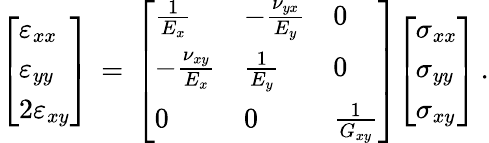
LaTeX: {\left[\begin{array}{l}{\varepsilon_{xx}}\\ {\varepsilon_{yy}}\\ {2\varepsilon_{xy}}\end{array}\right]}\, =\, {\left[\begin{array}{lll}{{\frac{1}{E_{x}}}}&{-{\frac{\nu_{yx}}{E_{y}}}}&{0}\\ {-{\frac{\nu_{xy}}{E_{x}}}}&{{\frac{1}{E_{y}}}}&{0}\\ {0}&{0}&{{\frac{1}{G_{xy}}}}\end{array}\right]}{\left[\begin{array}{l}{\sigma_{xx}}\\ {\sigma_{yy}}\\ {\sigma_{xy}}\end{array}\right]}\, .